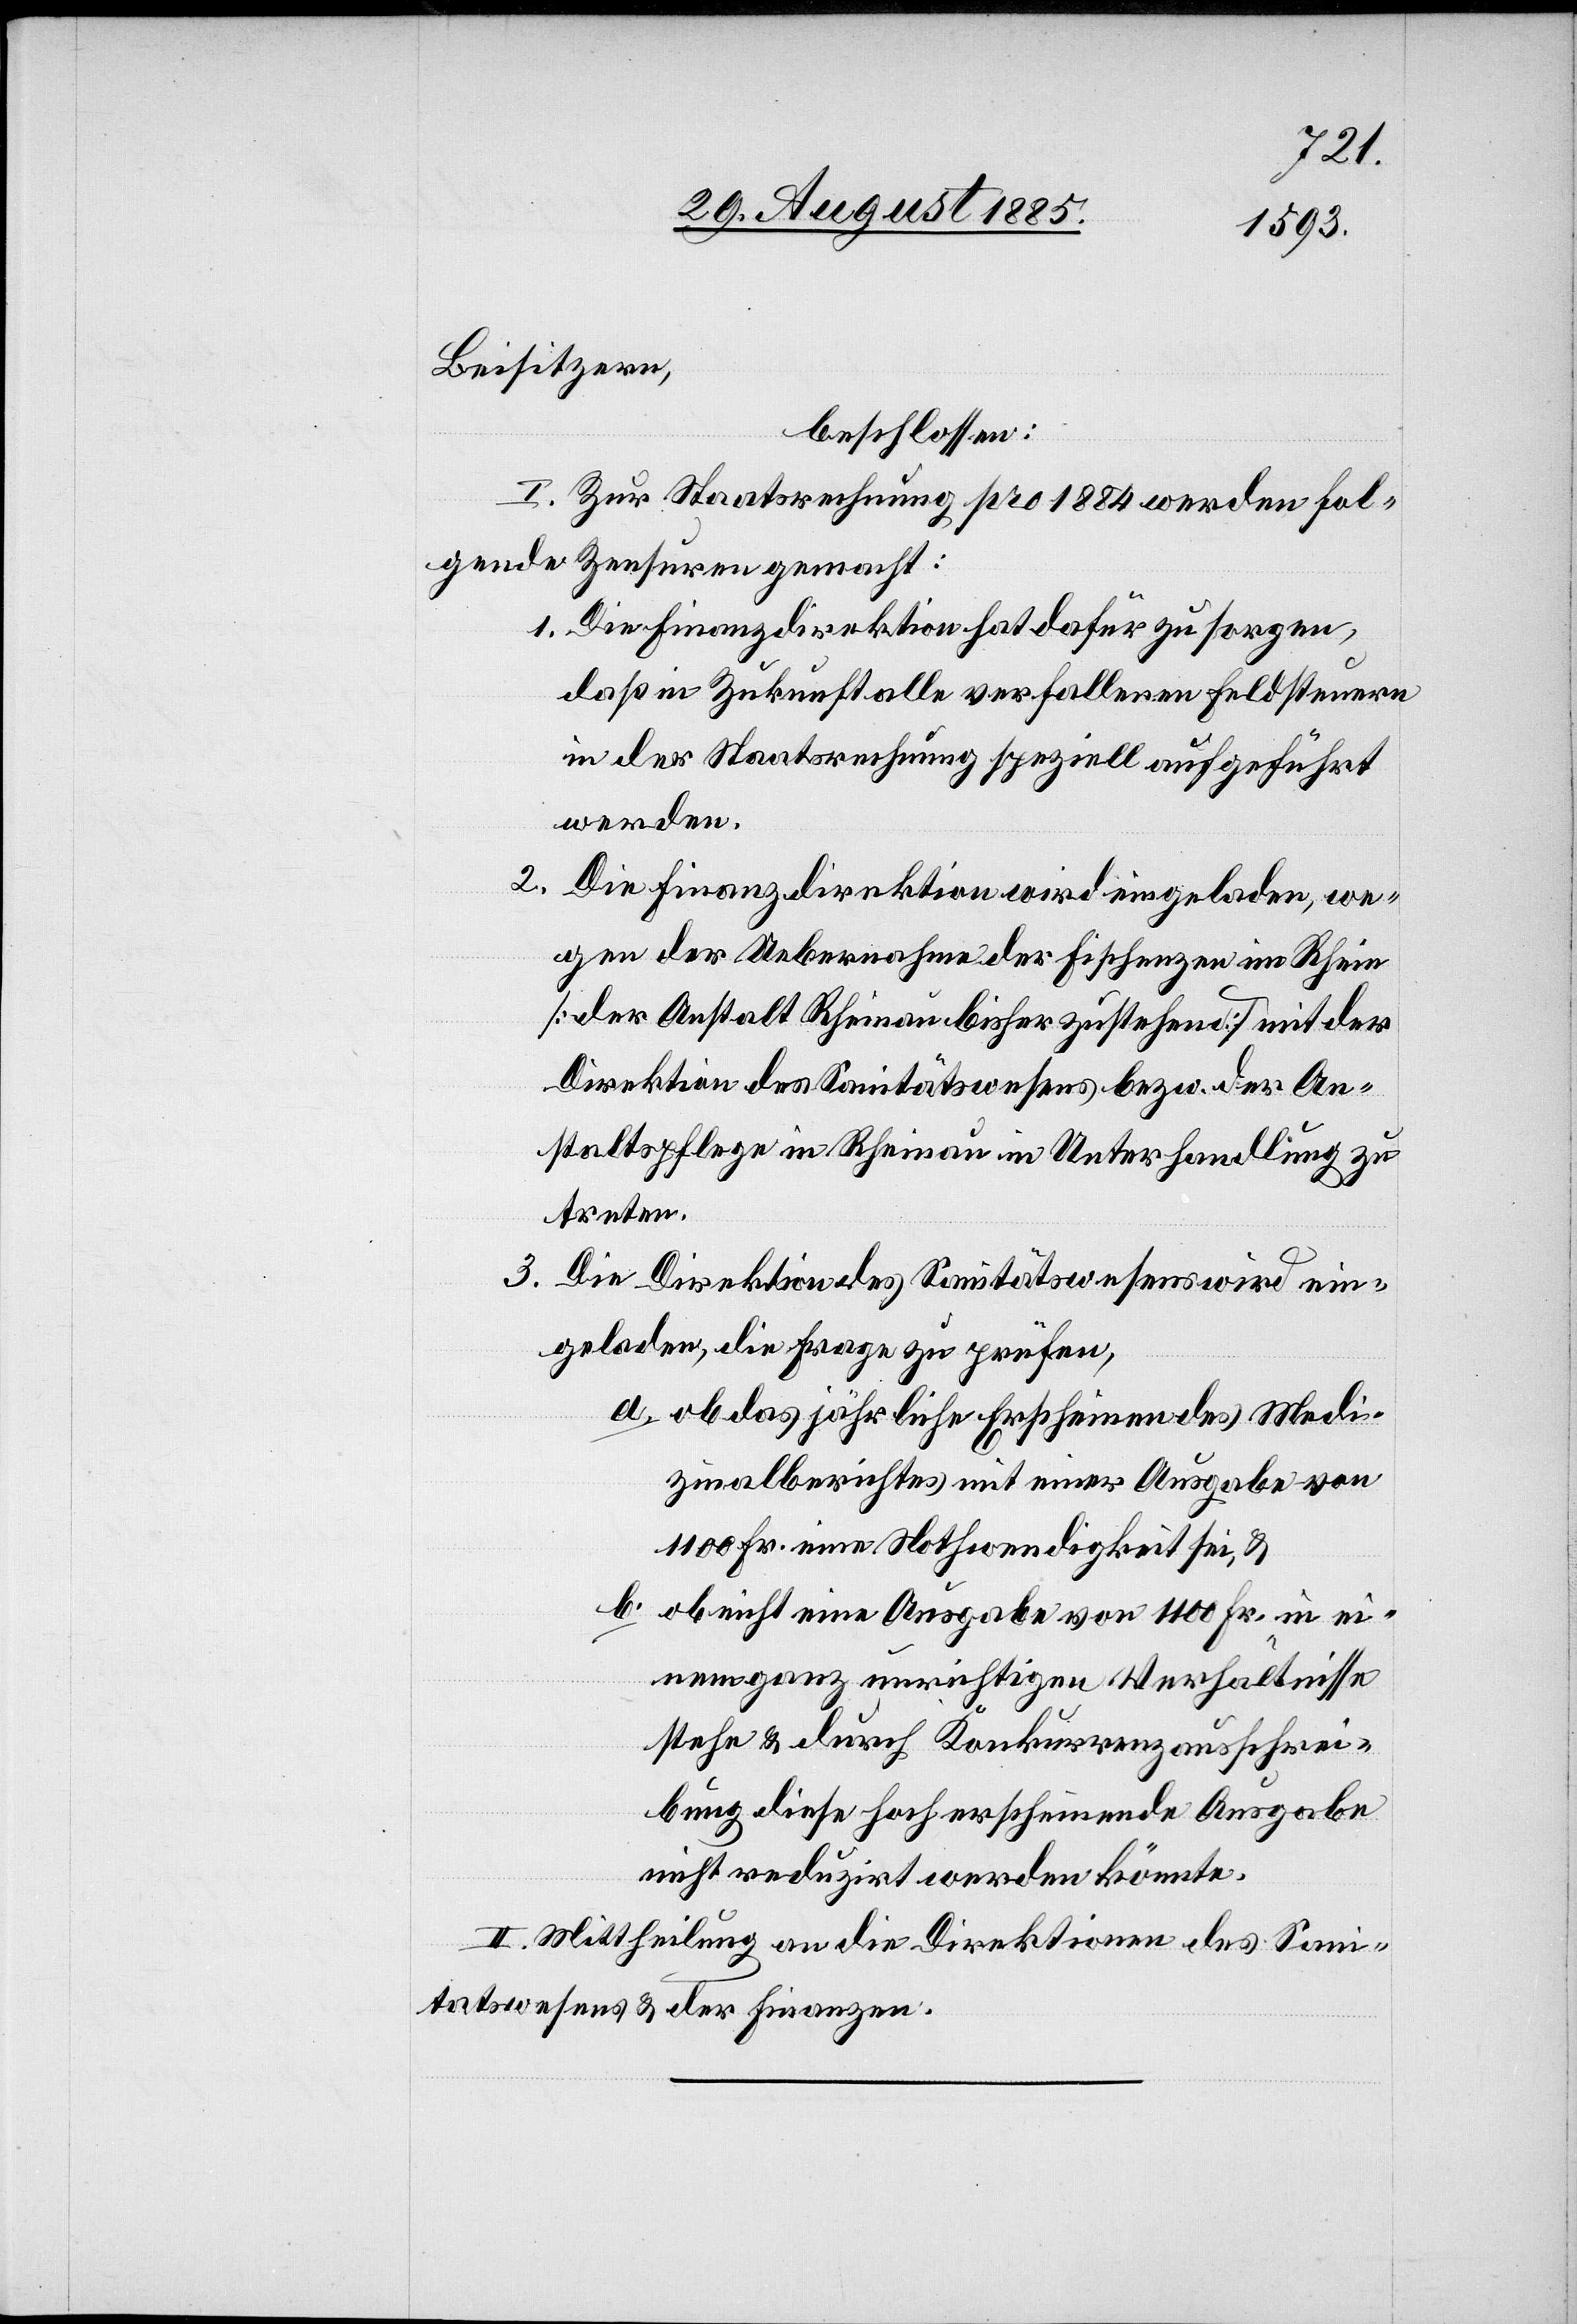
Beisitzern,
beschlossen:
I. Zur Staatsrechnung pro 1884 werden fol¬
gende Zensuren gemacht:
1. Die Finanzdirektion hat dafür zu sorgen,
daß in Zukunft alle verfallenen Feldsteuern
in der Staatsrechnung speziell aufgeführt
werden.
2. Die Finanzdirektion wird eingeladen, we¬
gen der Uebernahme der Fischenzen im Rhein
[der Anstalt Rheinau bisher zustehend] mit der
Direktion des Sanitätswesens bezw. der An¬
staltspflege in Rheinau in Unterhandlung zu
treten.
3. Die Direktion des Sanitätswesens wird ein¬
geladen, die Frage zu prüfen,
a. ob das jährliche Erscheinen des Medi¬
zinalberichtes mit einer Ausgabe von
1100 Fr. eine Nothwendigkeit sei, &
b. ob nicht eine Ausgabe von 1100 Fr. in ei¬
nem ganz unrichtigen Verhältnisse
stehe & durch Konkurrenzausschrei¬
bung diese hoch erscheinende Ausgabe
nicht reduzirt werden könnte.
II. Mittheilung an die Direktionen des Sani¬
tätswesens & der Finanzen.